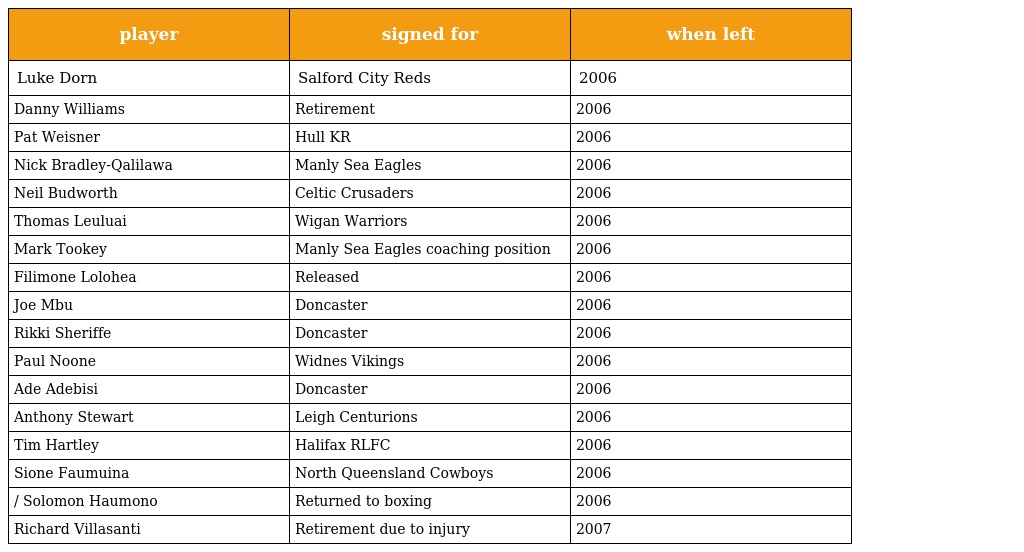
| player | signed for | when left |
 | --- | --- | --- |
 | Luke Dorn | Salford City Reds | 2006 |
 | Danny Williams | Retirement | 2006 |
 | Pat Weisner | Hull KR | 2006 |
 | Nick Bradley-Qalilawa | Manly Sea Eagles | 2006 |
 | Neil Budworth | Celtic Crusaders | 2006 |
 | Thomas Leuluai | Wigan Warriors | 2006 |
 | Mark Tookey | Manly Sea Eagles coaching position | 2006 |
 | Filimone Lolohea | Released | 2006 |
 | Joe Mbu | Doncaster | 2006 |
 | Rikki Sheriffe | Doncaster | 2006 |
 | Paul Noone | Widnes Vikings | 2006 |
 | Ade Adebisi | Doncaster | 2006 |
 | Anthony Stewart | Leigh Centurions | 2006 |
 | Tim Hartley | Halifax RLFC | 2006 |
 | Sione Faumuina | North Queensland Cowboys | 2006 |
 | / Solomon Haumono | Returned to boxing | 2006 |
 | Richard Villasanti | Retirement due to injury | 2007 |